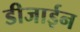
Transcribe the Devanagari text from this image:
डीजाईन